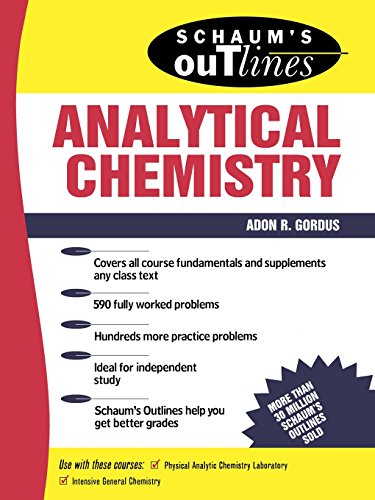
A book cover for Schaum's Outline of Analytical Chemistry; Adon Gordus; Science & Math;